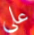
على